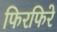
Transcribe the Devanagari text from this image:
फिरफिरे